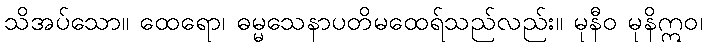
သိအပ်သော။ ထေရော၊ ဓမ္မသေနာပတိမထေရ်သည်လည်း။ မုနီဝ မုနိဣဝ၊